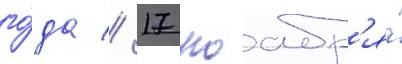
го́да // 17 ноабр'я́